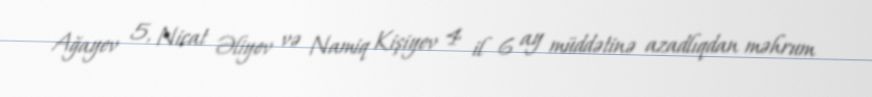
Ağayev 5, Nicat Əliyev və Namiq Kişiyev 4 il 6 ay müddətinə azadlıqdan məhrum